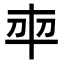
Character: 𭃍